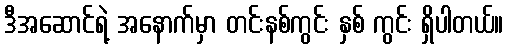
ဒီအဆောင်ရဲ့ အနောက်မှာ တင်းနစ်ကွင်း နှစ် ကွင်း ရှိပါတယ်။